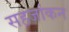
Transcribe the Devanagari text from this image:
सहजांकन